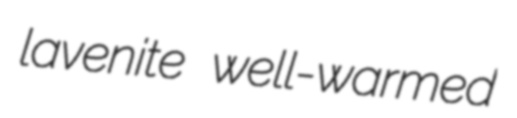
lavenite well-warmed